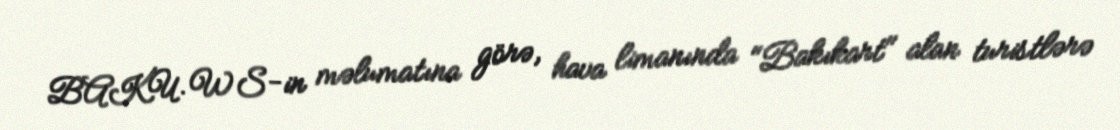
BAKU.WS-in məlumatına görə, hava limanında "Bakıkart" alan turistlərə